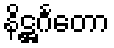
နိဋ္ဌင်္ဂတော